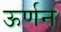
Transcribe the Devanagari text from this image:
ऊर्णन